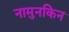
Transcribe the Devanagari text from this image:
नामुनकिन